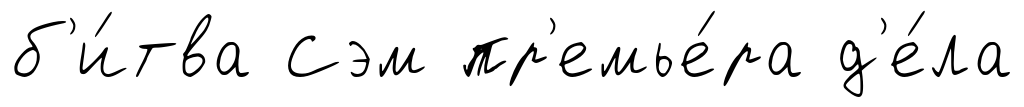
б'и́тва Сэм пр'емье́ра д'е́ла